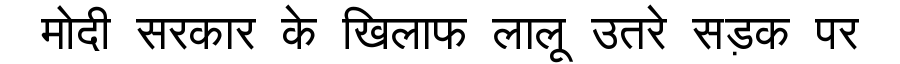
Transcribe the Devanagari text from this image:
मोदी सरकार के खिलाफ लालू उतरे सड़क पर